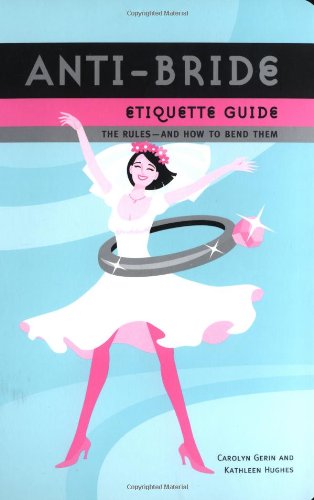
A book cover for Anti-Bride Etiquette Guide: The Rules?And How to Bend Them; Carolyn Gerin; Crafts, Hobbies & Home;